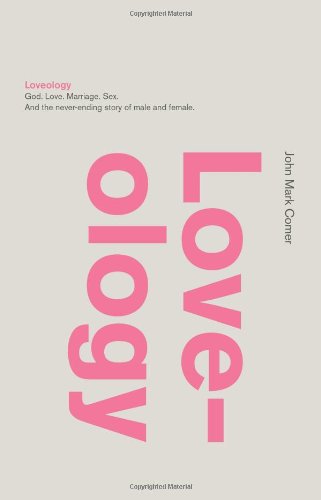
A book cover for Loveology: God.  Love.  Marriage. Sex. And the Never-Ending Story of Male and Female.; John Mark Comer; Christian Books & Bibles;